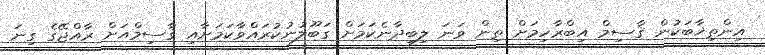
އިންތިޚާބަކުން ޤާސިމް އިބްރާހިމަށް ތިން ވަނަ ލިބިދާނެކަމަށް ގަބޫލުނުކުރައްވާކަމަށާއި ޤާސިމްއަށް ރާއްޖޭގެ ގިނަ